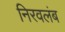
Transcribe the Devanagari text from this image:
निरवलंब